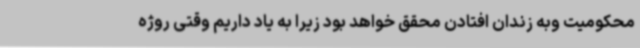
محکومیت وبه زندان افتادن محقق خواهد بود زیرا به یاد داریم وقتی روژه